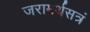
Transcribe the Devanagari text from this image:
जरामर्थसत्रं